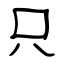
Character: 只